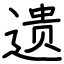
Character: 遗